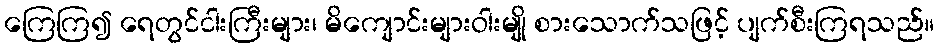
ကြေကြ၍ ရေတွင်ငါးကြီးများ၊ မိကျောင်းများဝါးမျို စားသောက်သဖြင့် ပျက်စီးကြရသည်။